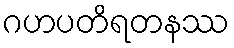
ဂဟပတိရတနဿ